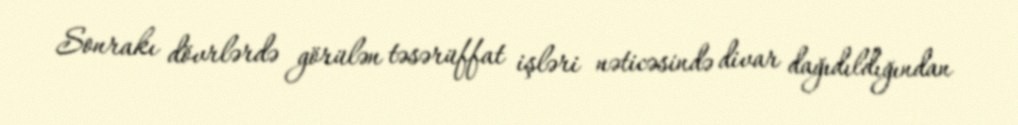
Sonrakı dövrlərdə görülən təsərüffat işləri nəticəsində divar dağıdıldığından